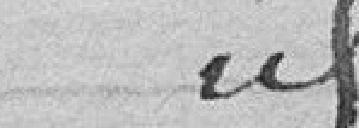
idem